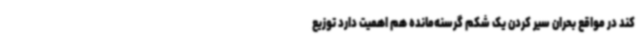
کند در مواقع بحران سیر کردن یک شکم گرسنه‌مانده هم اهمیت دارد توزیع